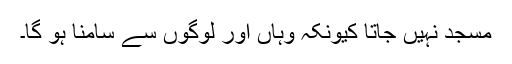
مسجد نہیں جاتا کیونکہ وہاں اور لوگوں سے سامنا ہو گا۔